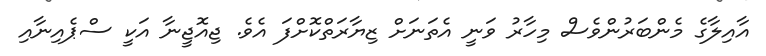
އާއިލާގެ މެންބަރުންވެސް މިހާރު ވަނީ އެތަނަށް ޒިޔާރަތްކޮށްފަ އެވެ. ޖިއޮޖީނާ އަކީ ސްޕެއިނާއި